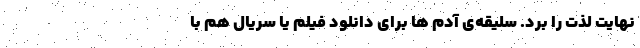
نهایت لذت را برد. سلیقه‌ی آدم ها برای دانلود فیلم یا سریال هم با